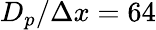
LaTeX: D_{p}/\Delta x=64